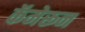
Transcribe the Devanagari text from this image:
कॅमेरून